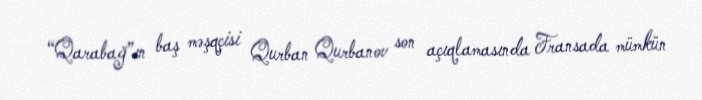
“Qarabağ”ın baş məşqçisi Qurban Qurbanov son açıqlamasında Fransada mümkün